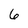
Character: 6